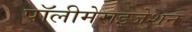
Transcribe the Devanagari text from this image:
पॉलीमेराइजेशन